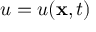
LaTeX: u = u ( \mathbf { x } , t )